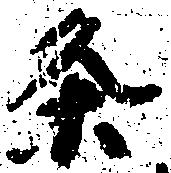
条